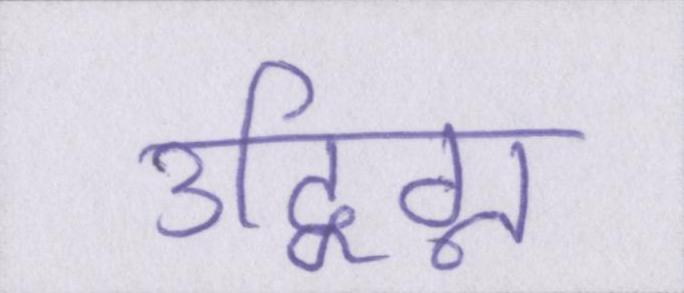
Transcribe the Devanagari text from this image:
उद्विग्न